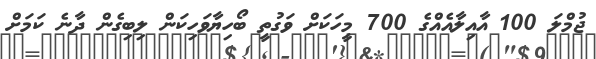
ޖުމްލަ 100 އާއިލާއެއްގެ 700 މީހަކަށް ވަގުތީ ބޯހިޔާވަހިކަން ލިބިގެން ދާނެ ކަމަށް